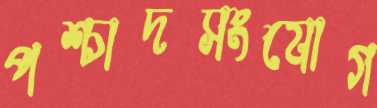
পশ্চাদসংযোগ